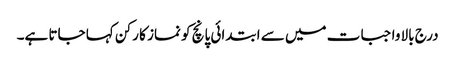
درج بالا واجبات میں سے ابتدائی پانچ کو نماز کا رکن کہا جاتا ہے۔